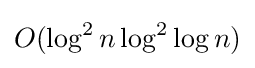
O(\log ^{2}n\log ^{2}\log n)